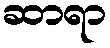
ဆာရာ